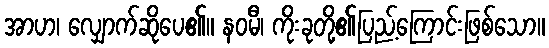
အာဟ၊ လျှောက်ဆိုပေ၏။ နဝမီ၊ ကိုးခုတို့၏ပြည့်ကြောင်းဖြစ်သော။